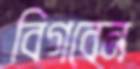
বিগবেন